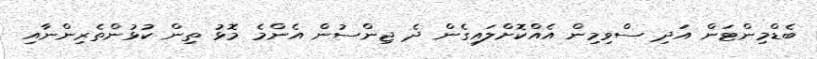
ބެޑްމިންޓަން އަދި ސްވިމިން އެއްކޮށްލައިގެން ދެ ޖިންސުން އެންމެ މޮޅު ތިން ކުޅުންތެރިންނާއި